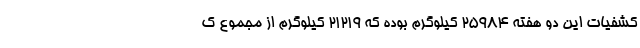
کشفیات این دو هفته ۲۵۹۸۴ کیلوگرم بوده که ۲۱۲۱۹ کیلوگرم از مجموع ک